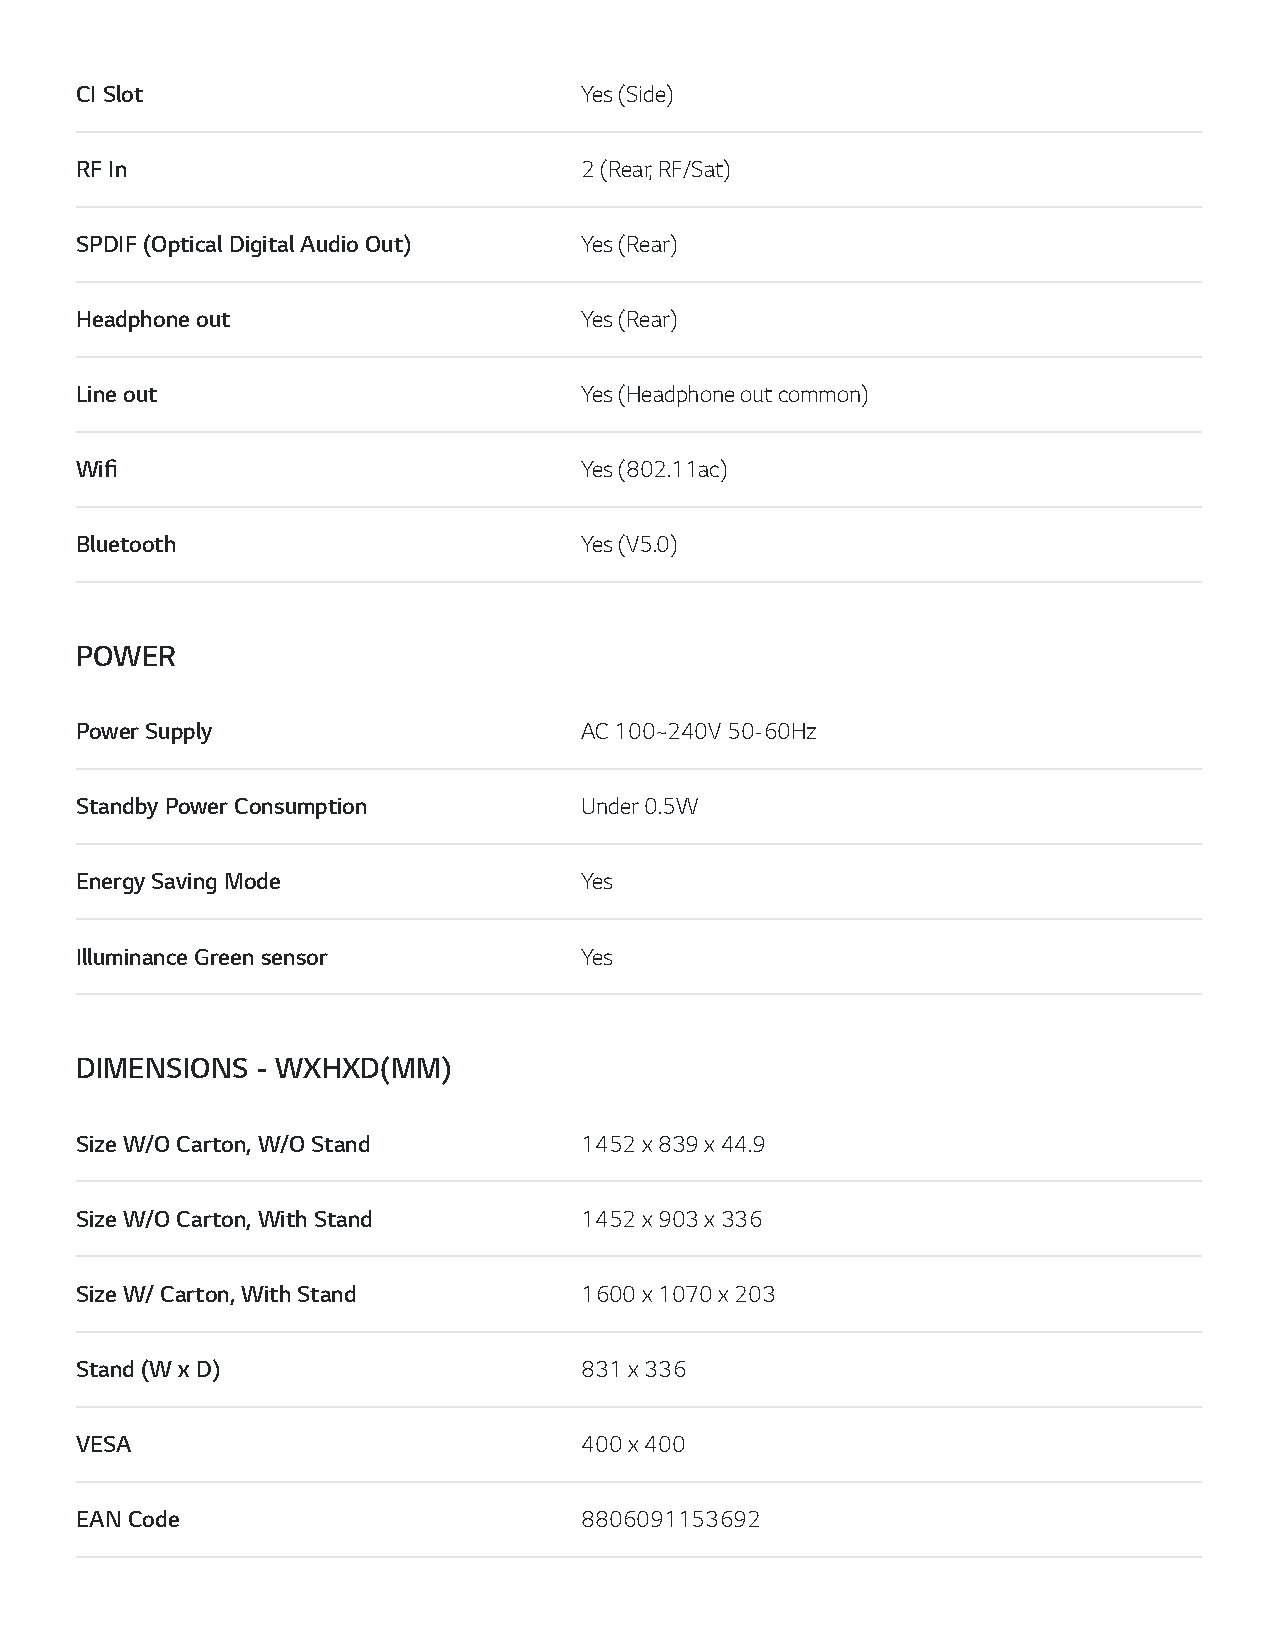
CI Slot                          Yes (Side)
 RF In                            2 (Rear, RF/Sat)
 SPDIF (Optical Digital Audio Out) Yes (Rear)
 Headphone out                    Yes (Rear)
 Line out                         Yes (Headphone out common)
 Wifi                             Yes (802.11ac)
 Bluetooth                        Yes (V5.0)
 POWER
 Power Supply                     AC 100~240V 50-60Hz
 Standby Power Consumption        Under 0.5W
 Energy Saving Mode               Yes
 Illuminance Green sensor         Yes
 DIMENSIONS  - WXHXD(MM)
 Size W/O Carton, W/O Stand       1452 x 839 x 44.9
 Size W/O Carton, With Stand      1452 x 903 x 336
 Size W/ Carton, With Stand       1600 x 1070 x 203
 Stand (W x D)                    831 x 336
 VESA                             400 x 400
 EAN Code                         8806091153692